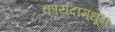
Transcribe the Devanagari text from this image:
कायदामधून